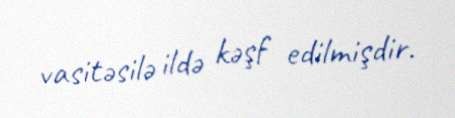
vasitəsilə ildə kəşf edilmişdir.